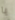
يا